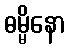
ဓမ္မိနော